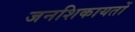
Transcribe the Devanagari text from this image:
जनशिकायतों